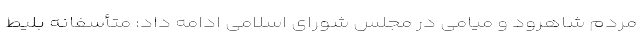
مردم شاهرود و میامی در مجلس شورای اسلامی ادامه داد: متأسفانه بلیط